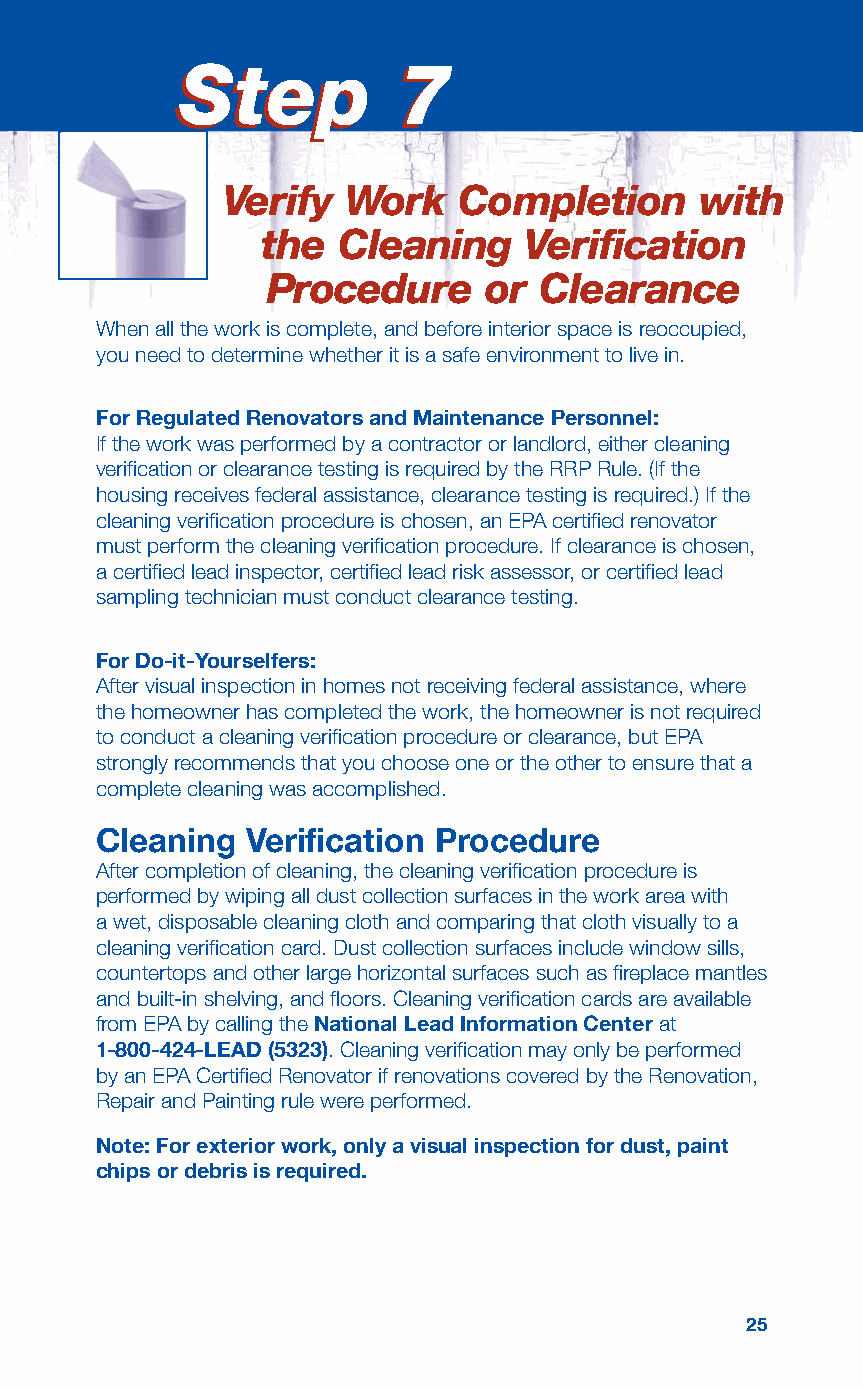
SStteepp      77
 Verify  Work   Completion      with
 the  Cleaning     Verification
 Procedure     or  Clearance
 When all the work is complete, and before interior space is reoccupied,
 you need to determine whether it is a safe environment to live in.
 For Regulated Renovators and Maintenance Personnel:
 If the work was performed by a contractor or landlord, either cleaning
 verification or clearance testing is required by the RRP Rule. (If the
 housing receives federal assistance, clearance testing is required.) If the
 cleaning verification procedure is chosen, an EPA certified renovator
 must perform the cleaning verification procedure. If clearance is chosen,
 a certified lead inspector, certified lead risk assessor, or certified lead
 sampling technician must conduct clearance testing.
 For Do-it-Yourselfers:
 After visual inspection in homes not receiving federal assistance, where
 the homeowner has completed the work, the homeowner is not required
 to conduct a cleaning verification procedure or clearance, but EPA
 strongly recommends that you choose one or the other to ensure that a
 complete cleaning was accomplished.
 Cleaning  Verification Procedure
 After completion of cleaning, the cleaning verification procedure is
 performed by wiping all dust collection surfaces in the work area with
 a wet, disposable cleaning cloth and comparing that cloth visually to a
 cleaning verification card. Dust collection surfaces include window sills,
 countertops and other large horizontal surfaces such as fireplace mantles
 and built-in shelving, and floors. Cleaning verification cards are available
 from EPA by calling the National Lead Information Center at
 1-800-424-LEAD (5323). Cleaning verification may only be performed
 by an EPA Certified Renovator if renovations covered by the Renovation,
 Repair and Painting rule were performed.
 Note: For exterior work, only a visual inspection for dust, paint
 chips or debris is required.
 25